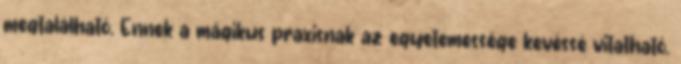
megtalálható. Ennek a mágikus praxisnak az egyetemessége kevéssé vitatható.